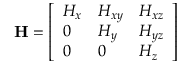
\begin{array} { r } { \mathbf { H } = \left[ \begin{array} { l l l } { H _ { x } } & { H _ { x y } } & { H _ { x z } } \\ { 0 } & { H _ { y } } & { H _ { y z } } \\ { 0 } & { 0 } & { H _ { z } } \end{array} \right] } \end{array}